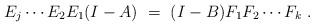
LaTeX: \begin{align*}E_j\cdots E_2E_1 (I-A)\ = \ (I-B)F_1F_2\cdots F_k \ .\end{align*}